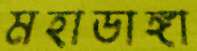
মহাডাঙ্গা